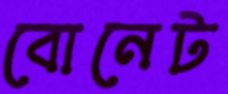
বোনেট